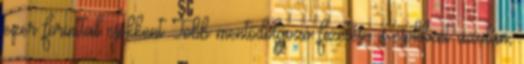
ezer forinttal csökkent Több mentődolgozó fizetése is csökkent azután,